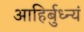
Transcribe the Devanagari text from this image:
आहिर्बुध्न्यं